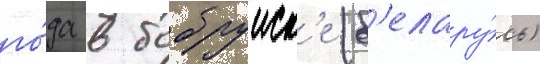
го́да в бобруиск'е (б'елару́сь)